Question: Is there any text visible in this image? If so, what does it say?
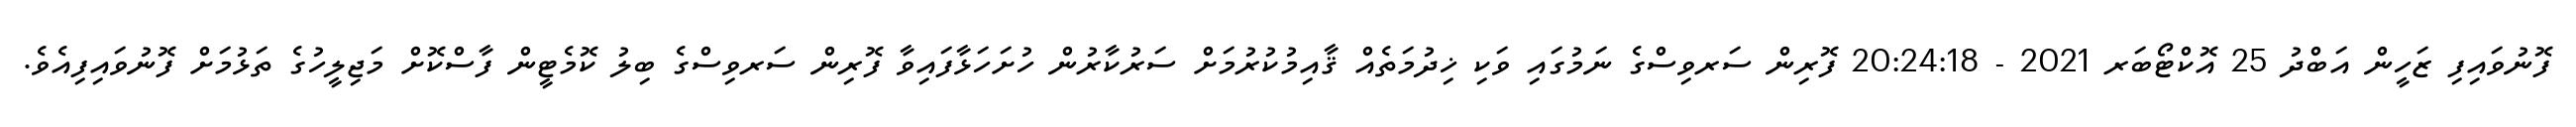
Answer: ފޮނުވައިފި ޒަހީން އަބްދު 25 އޮކްޓޯބަރ 2021 - 20:24:18 ފޮރިން ސަރވިސްގެ ނަމުގައި ވަކި ޚިދުމަތެއް ޤާއިމުކުރުމަށް ސަރުކާރުން ހުށަހަޅާފައިވާ ފޮރިން ސަރވިސްގެ ބިލު ކޮމެޓީން ފާސްކޮށް މަޖިލީހުގެ ތަޅުމަށް ފޮނުވައިފިއެވެ.